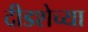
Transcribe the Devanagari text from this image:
दीडशेच्या